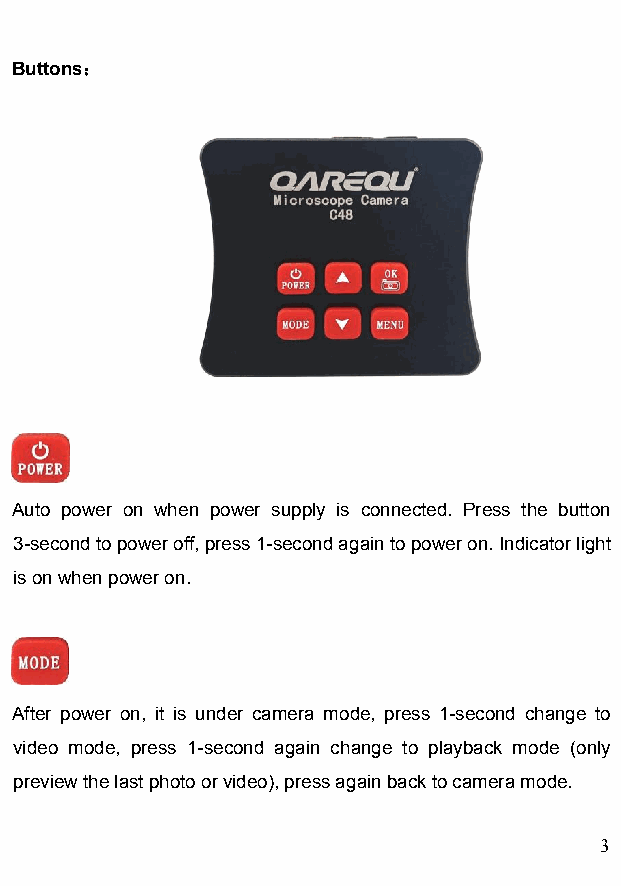
Buttons：
 Auto power on when power supply is connected. Press the button
 3-secondtopoweroff,press1-secondagaintopoweron.Indicatorlight
 isonwhenpoweron.
 After power on, it is under camera mode, press 1-second change to
 video mode, press 1-second again change to playback mode (only
 previewthelastphotoorvideo),pressagainbacktocameramode.
 3